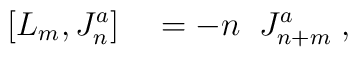
[ L_m , J_n^a ] \quad = - n\;\; J_{n+m}^a \; ,